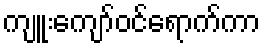
ကျူးကျော်ဝင်ရောက်ကာ